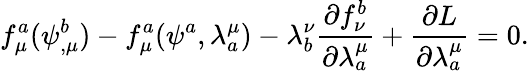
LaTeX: f_{\mu}^{a}(\psi_{,\mu}^{b})-f_{\mu}^{a}(\psi^{a},\lambda_{a}^{\mu})-\lambda_{b}^{\nu}\frac{\partial f_{\nu}^{b}}{\partial\lambda_{a}^{\mu}}+\frac{\partial L}{\partial\lambda_{a}^{\mu}}=0.